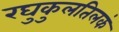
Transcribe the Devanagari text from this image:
रघुकुलतिलकं